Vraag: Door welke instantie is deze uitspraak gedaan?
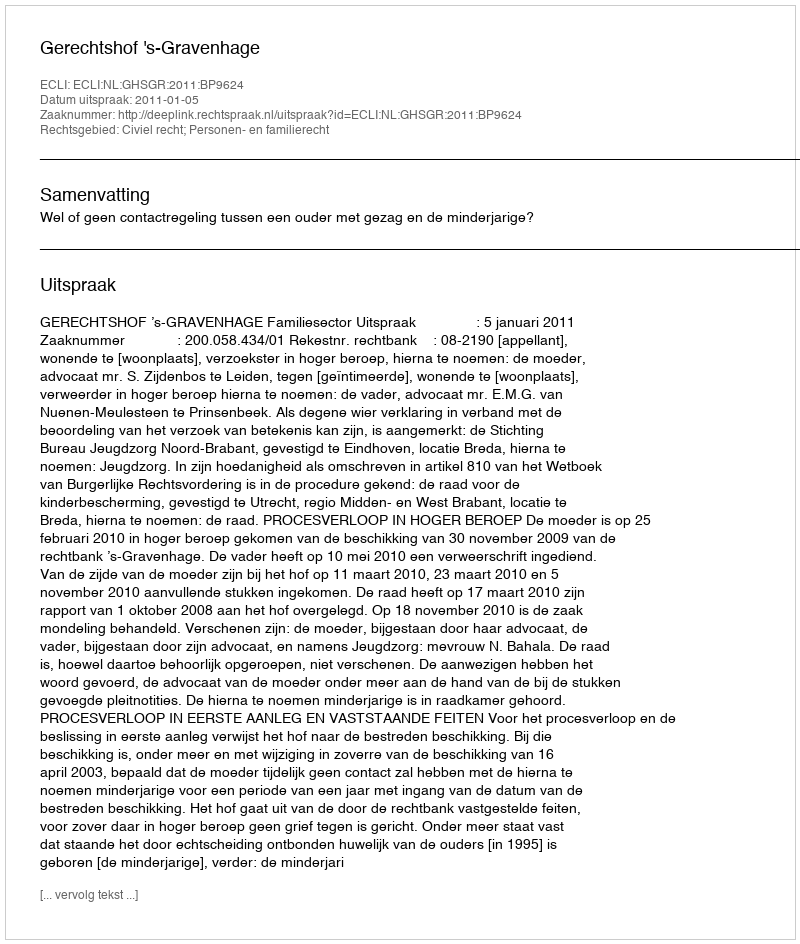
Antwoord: Gerechtshof 's-Gravenhage